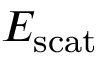
E _ { \mathrm { s c a t } }